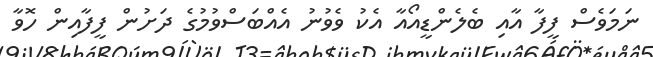
ނަމަވެސް ފީފާ އާއި ބެލެންޑީއޯއާ އެކު ވެވުނު އެއްބަސްވުމުގެ ދަށުން ފީފާއިން ހޮވާ